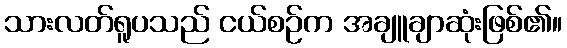
သားလတ်ရူပသည် ငယ်စဉ်က အချူချာဆုံးဖြစ်၏။